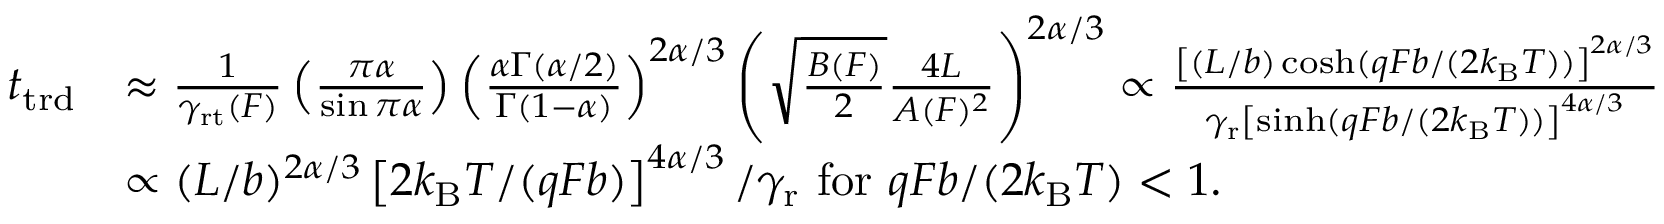
\begin{array} { r l } { t _ { \mathrm { t r d } } } & { \approx \frac { 1 } { \gamma _ { \mathrm { r t } } ( F ) } \left( \frac { \pi \alpha } { \sin \pi \alpha } \right) \left( \frac { \alpha \Gamma ( \alpha / 2 ) } { \Gamma ( 1 - \alpha ) } \right) ^ { 2 \alpha / 3 } \left( \sqrt { \frac { B ( F ) } { 2 } } \frac { 4 L } { A ( F ) ^ { 2 } } \right) ^ { 2 \alpha / 3 } \propto \frac { \left[ ( L / b ) \cosh ( q F b / ( 2 k _ { \mathrm { B } } T ) ) \right] ^ { 2 \alpha / 3 } } { \gamma _ { \mathrm { r } } \left[ \sinh ( q F b / ( 2 k _ { \mathrm { B } } T ) ) \right] ^ { 4 \alpha / 3 } } } \\ & { \propto ( L / b ) ^ { 2 \alpha / 3 } \left[ 2 k _ { \mathrm { B } } T / ( q F b ) \right] ^ { 4 \alpha / 3 } / \gamma _ { \mathrm { r } } \mathrm { ~ f o r ~ } q F b / ( 2 k _ { \mathrm { B } } T ) < 1 . } \end{array}